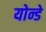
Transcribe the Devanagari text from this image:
योन्डे